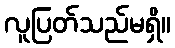
လူပြတ်သည်မရှိ။